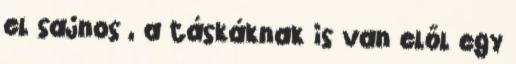
el sajnos , a táskáknak is van elől egy